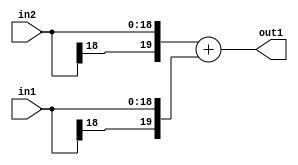
`timescale 1ps / 1ps
/*****************************************************************************
    Verilog RTL Description
    
    
    Created by: Stratus DpOpt 2019.1.01 
*******************************************************************************/

module SobelFilter_Add_19Sx19S_20S_4 (
	in2,
	in1,
	out1
	); /* architecture "behavioural" */ 
input [18:0] in2,
	in1;
output [19:0] out1;
wire [19:0] asc001;

assign asc001 = 
	+({in2[18], in2})
	+({in1[18], in1});

assign out1 = asc001;
endmodule

/* CADENCE  ubPzTgg= : u9/ySgnWtBlWxVPRXgAZ4Og= ** DO NOT EDIT THIS LINE ******/